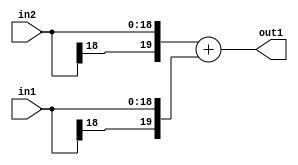
`timescale 1ps / 1ps
/*****************************************************************************
    Verilog RTL Description
    
    
    Created by: Stratus DpOpt 2019.1.01 
*******************************************************************************/

module SobelFilter_Add_19Sx19S_20S_4 (
	in2,
	in1,
	out1
	); /* architecture "behavioural" */ 
input [18:0] in2,
	in1;
output [19:0] out1;
wire [19:0] asc001;

assign asc001 = 
	+({in2[18], in2})
	+({in1[18], in1});

assign out1 = asc001;
endmodule

/* CADENCE  ubPzTgg= : u9/ySgnWtBlWxVPRXgAZ4Og= ** DO NOT EDIT THIS LINE ******/